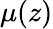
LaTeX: \mu(z)